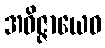
အဝိဇ္ဇာယေဝ